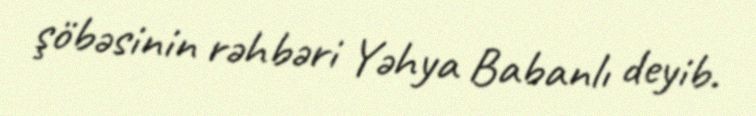
şöbəsinin rəhbəri Yəhya Babanlı deyib.